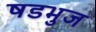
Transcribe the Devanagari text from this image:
षडभुज